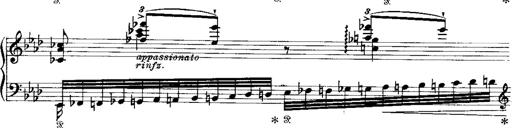
Title: Miserere du Trovatore
Composer: Franz Liszt